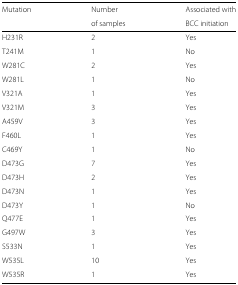
<table><thead><tr><td><b>Mutation</b></td><td><b>Number</b></td><td><b>Associated with</b></td></tr><tr><td></td><td><b>of samples</b></td><td><b>BCC initiation</b></td></tr></thead><tbody><tr><td>H231R</td><td>2</td><td>Yes</td></tr><tr><td>T241M</td><td>1</td><td>No</td></tr><tr><td>W281C</td><td>2</td><td>Yes</td></tr><tr><td>W281L</td><td>1</td><td>No</td></tr><tr><td>V321A</td><td>1</td><td>Yes</td></tr><tr><td>V321M</td><td>3</td><td>Yes</td></tr><tr><td>A459V</td><td>3</td><td>Yes</td></tr><tr><td>F460L</td><td>1</td><td>Yes</td></tr><tr><td>C469Y</td><td>1</td><td>No</td></tr><tr><td>D473G</td><td>7</td><td>Yes</td></tr><tr><td>D473H</td><td>2</td><td>Yes</td></tr><tr><td>D473N</td><td>1</td><td>Yes</td></tr><tr><td>D473Y</td><td>1</td><td>No</td></tr><tr><td>Q477E</td><td>1</td><td>Yes</td></tr><tr><td>G497W</td><td>3</td><td>Yes</td></tr><tr><td>S533N</td><td>1</td><td>Yes</td></tr><tr><td>W535L</td><td>10</td><td>Yes</td></tr><tr><td>W535R</td><td>1</td><td>Yes</td></tr></tbody></table>